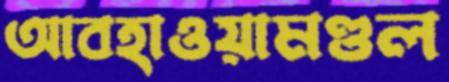
আবহাওয়ামণ্ডল